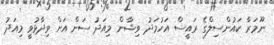
ނޫމަރާ ކައުންސިލްގެ ރައީސް އަހުމަދު ވިޝާން މިއަދު ސަން އަށް ވިދާޅުވީ މިއަދު